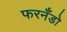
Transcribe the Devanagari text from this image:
फरनँडो